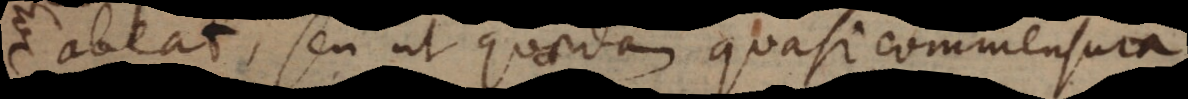
abeat, seu ut quaedam quasi commensura